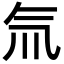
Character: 氚